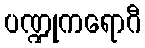
ပဏ္ဍုကရောဂီ